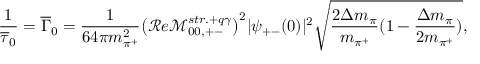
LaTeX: \frac { 1 } { \overline { { \tau } } _ { 0 } } = \overline { { \Gamma } } _ { 0 } = \frac { 1 } { 6 4 \pi m _ { \pi ^ { + } } ^ { 2 } } \big ( \mathcal { R } e \mathcal { M } _ { 0 0 , + - } ^ { s t r . + q \gamma } \big ) ^ { 2 } | \psi _ { + - } ( 0 ) | ^ { 2 } \sqrt { \frac { 2 \Delta m _ { \pi } } { m _ { \pi ^ { + } } } ( 1 - \frac { \Delta m _ { \pi } } { 2 m _ { \pi ^ { + } } } ) } ,